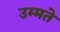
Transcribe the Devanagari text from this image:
उम्मते